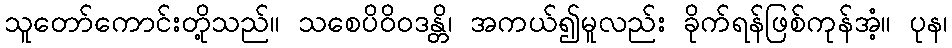
သူတော်ကောင်းတို့သည်။ သစေပိဝိဝဒန္တိ၊ အကယ်၍မူလည်း ခိုက်ရန်ဖြစ်ကုန်အံ့။ ပုန၊